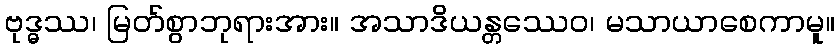
ဗုဒ္ဓဿ၊ မြတ်စွာဘုရားအား။ အသာဒိယန္တဿေဝ၊ မသာယာစေကာမူ။